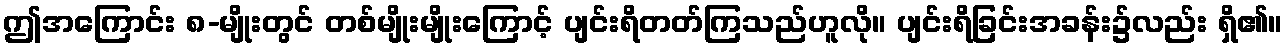
ဤအကြောင်း ၈-မျိုးတွင် တစ်မျိုးမျိုးကြောင့် ပျင်းရိတတ်ကြသည်ဟူလို။ ပျင်းရိခြင်းအခန်း၌လည်း ရှိ၏။